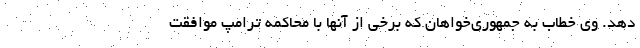
دهد. وی خطاب به جمهوری‌خواهان که برخی از آنها با محاکمه ترامپ موافقت